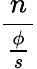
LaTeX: \frac{n}{\frac{\phi}{s}}